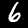
Label: 6